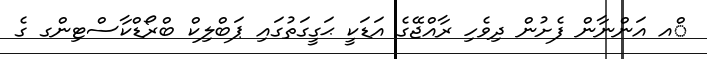
ްއ އަންނާން ފެށުން ދިވެހި ރާއްޖޭގެ އަޑަކީ ޙަގީގަތުގައި ޕަބްލިކް ބްރޯޑްކާސްޓިންގ ގެ